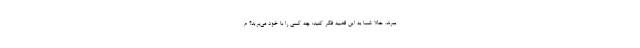
ببرند. حالا شما به این قضیه فکر کنید: چه کسی را با خود می‌برید؟ م